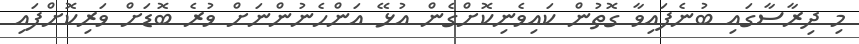
މި ދިރާސާގައި ބުނެފައިވާ ގޮތުން ކައިވެނިކޮށްގެން އުޅޭ އަންހެނުންނަށް ވުރެ ބޮޑަށް ވަރިކޮށްފައި